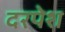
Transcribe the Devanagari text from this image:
दरपेश